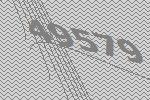
49579